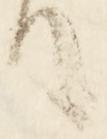
て